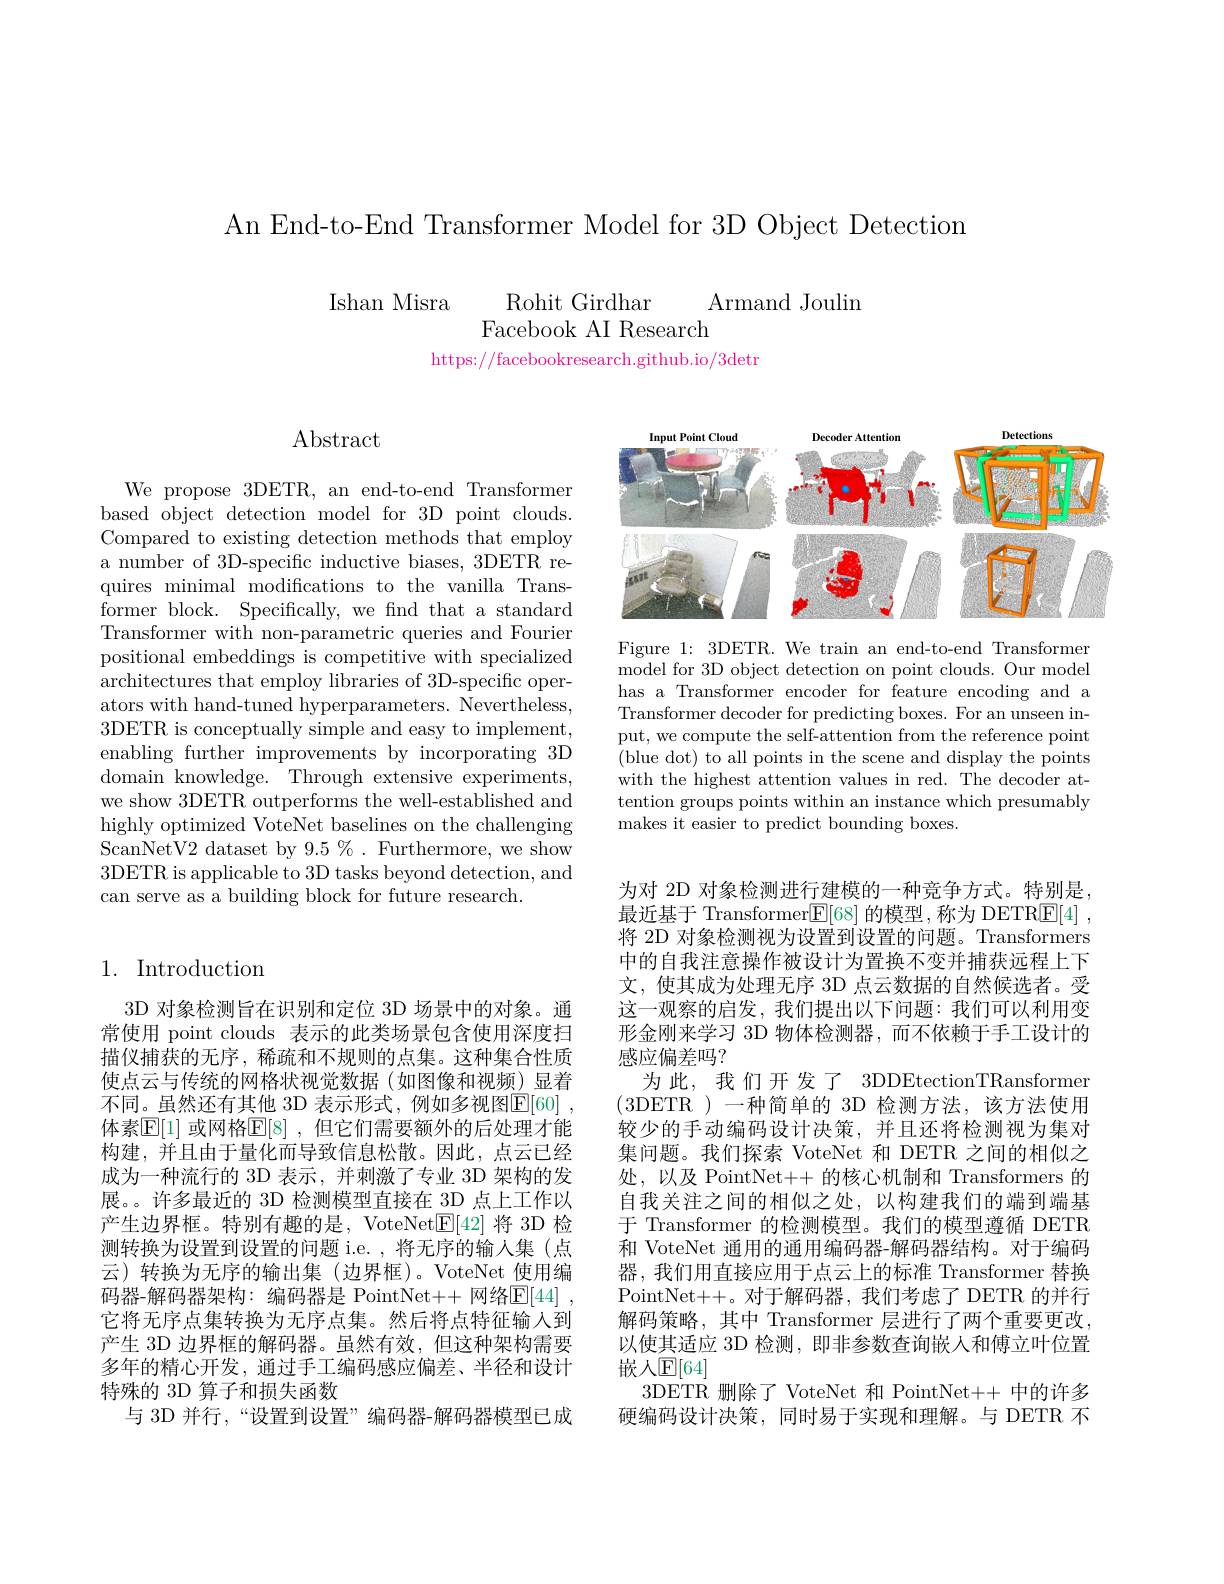
An End-to-End Transformer Model for 3D Object Detection

$\begin{array}{ll}{\mathrm{Ishan~Misra}}&{\mathrm{Rohit~Girdhar}}\\{\mathrm{Facebook~AI~Research}}\end{array}$Armand Joulin
https://facebookresearch.github.io/3detr

$\operatorname{Abstract}$

We propose 3DETR, an end-to-end Transformer based object detection model for 3D point clouds. Compared to existing detection methods that employ a number of 3D-specific inductive biases, 3DETR requires minimal modifications to the vanilla Transformer block. Specifically, we find that a standard Transformer with non-parametric queries and Fourier positional embeddings is competitive with specialized architectures that employ libraries of 3D-specific operators with hand-tuned hyperparameters. $\bar{\text{Nevertheless,}}$ 3DETR is conceptually simple and easy to implement, enabling further improvements by incorporating 3D domain knowledge. Through extensive experiments, we show 3DETR outperforms the well-established and highly optimized VoteNet baselines on the challenging ScanNetV2 dataset by $9.5\%.$ Furthermore, we show 3DETR is applicable to 3D tasks beyond detection, and can serve as a building block for future research.

## 1. Introduction

3D 对象检测旨在识别和定位 3D 场景中的对象。通常使用 point clouds 表示的此类场景包含使用深度扫描仪捕获的无序，稀疏和不规则的点集。这种集合性质使点云与传统的网格状视觉数据(如图像和视频)显着不同。虽然还有其他 3D 表示形式，例如多视图$\overline{\mathbb{E}}[60]$ 体素$\mathbb{E}[1]$ 或网格$\mathbb{E}[8]$,但它们需要额外的后处理才能构建，并且由于量化而导致信息松散。因此，点云已经成为一种流行的 3D 表示，并刺激了专业 3D 架构的发展。许多最近的 3D 检测模型直接在 3D 点上工作以产生边界框。特别有趣的是，VoteNet$\boxed{\mathrm{E}}[42]$将 3D 检测转换为设置到设置的问题 i.e. ,将无序的输人集 (点云)转换为无序的输出集(边界框)。VoteNet 使用编码器-解码器架构：编码器是 PointNet++ 网络$\mathbb{E} [ 44]$ , 它将无序点集转换为无序点集。然后将点特征输入到产生 3D 边界框的解码器。虽然有效，但这种架构需要多年的精心开发，通过手工编码感应偏差、半径和设计特殊的 3D 算子和损失函数
与 3D 并行，“设置到设置”编码器-解码器模型已成

<FigureHere>

Figure 1: 3DETR. We train an end-to-end Transformer model for 3D object detection on point clouds. Our model has a Transformer encoder for feature encoding and a Transformer decoder for predicting boxes. For an unseen input, we compute the self-attention from the reference point (blue dot) to all points in the scene and display the points with the highest attention values in red. The decoder attention groups points within an instance which presumably makes it easier to predict bounding boxes.

为对 2D 对象检测进行建模的一种竞争方式。特别是， 最近基于 Transformer$\boxed{\mathbb{E}}[68]$的模型，称为 DETR$\boxed{\mathbb{E} }[ 4]$ , 将 2D 对象检测视为设置到设置的问题。Transformers 中的自我注意操作被设计为置换不变并捕获远程上下文，使其成为处理无序 3D 点云数据的自然候选者。受这一观察的启发，我们提出以下问题：我们可以利用变形金刚来学习 3D 物体检测器，而不依赖于手工设计的感应偏差吗？
为此，我们开发了3DDEtectionTRansformer (3DETR)-种简单的 3D 检测方法，该方法使用较少的手动编码设计决策，并且还将检测视为集对集问题。我们探索 VoteNet 和 DETR 之间的相似之处，以及 PointNet++ 的核心机制和 Transformers 的自我关注之间的相似之处，以构建我们的端到端基于 Transformer 的检测模型。我们的模型遵循 DETR 和 VoteNet 通用的通用编码器-解码器结构。对于编码器，我们用直接应用于点云上的标准 Transformer 替换PointNet++。对于解码器，我们考虑了DETR 的并行解码策略，其中 Transformer 层进行了两个重要更改， 以使其适应 3D 检测，即非参数查询嵌人和傅立叶位置嵌人$\mathbb{E}[64]$
3DETR 删除了 VoteNet 和 PointNet++ 中的许多硬编码设计决策，同时易于实现和理解。与 DETR 不